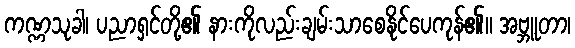
ကဏ္ဏသုခါ၊ ပညာရှင်တို့၏ နားကိုလည်းချမ်းသာစေနိုင်ပေကုန်၏။ အဗ္ဘူတာ၊